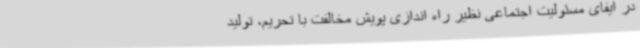
در ایفای مسئولیت اجتماعی نظیر راه اندازی پویش مخالفت با تحریم،‌ تولید